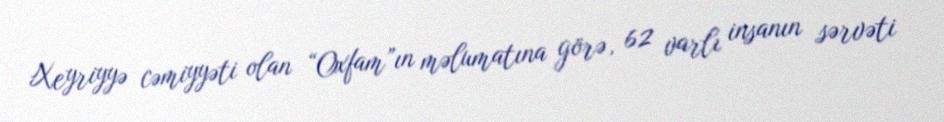
Xeyriyyə cəmiyyəti olan “Oxfam”ın məlumatına görə, 62 varlı insanın sərvəti